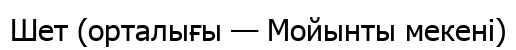
Шет (орталығы — Мойынты мекені)